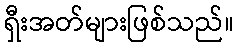
ရှီးအတ်များဖြစ်သည်။